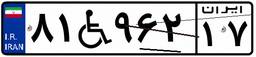
۷۲W۸۵۰۴۳